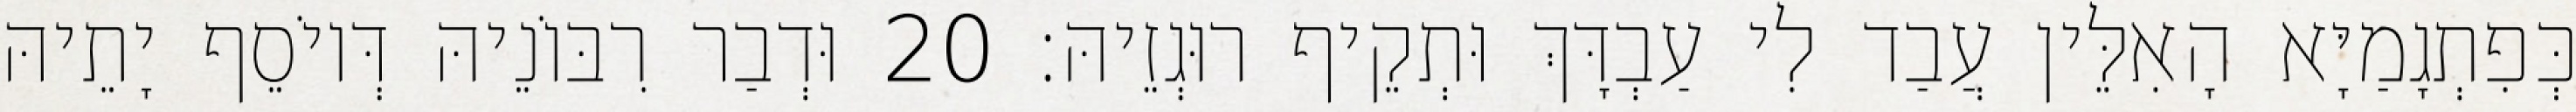
כְּפִתְגָמַיָּא הָאִלֵּין עֲבַד לִי עַבְדָּךְ וּתְקֵיף רוּגְזֵיהּ׃ 20 וּדְבַר רִבּוֹנֵיהּ דְּיוֹסֵף יָתֵיהּ